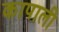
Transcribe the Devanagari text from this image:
कापाली